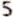
5